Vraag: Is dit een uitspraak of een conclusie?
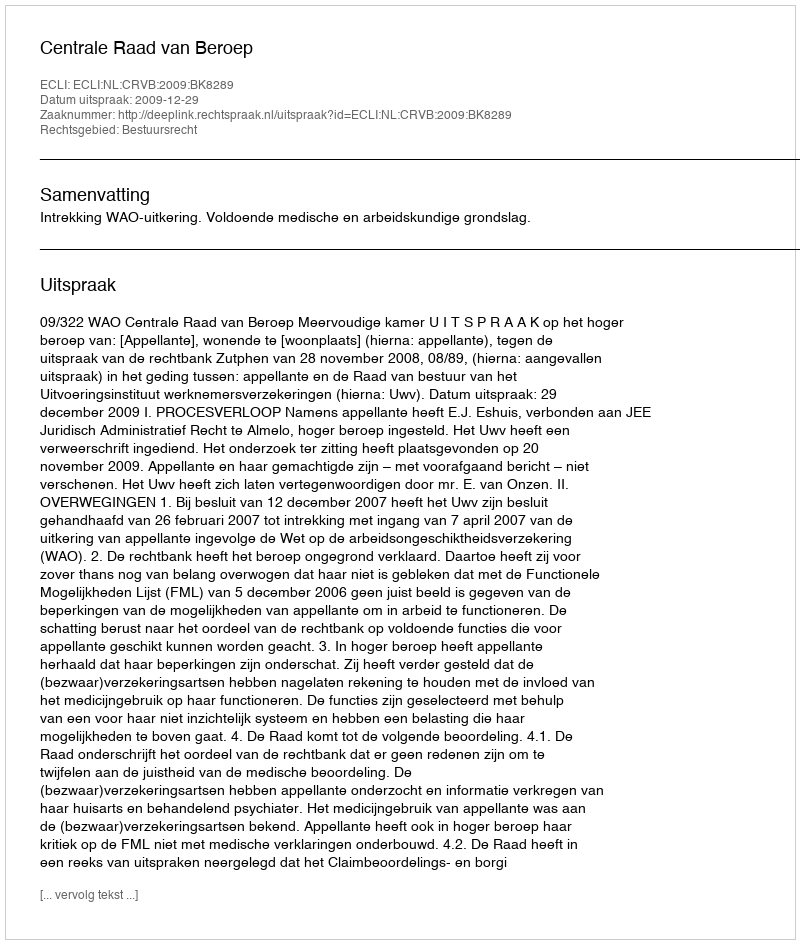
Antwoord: Uitspraak